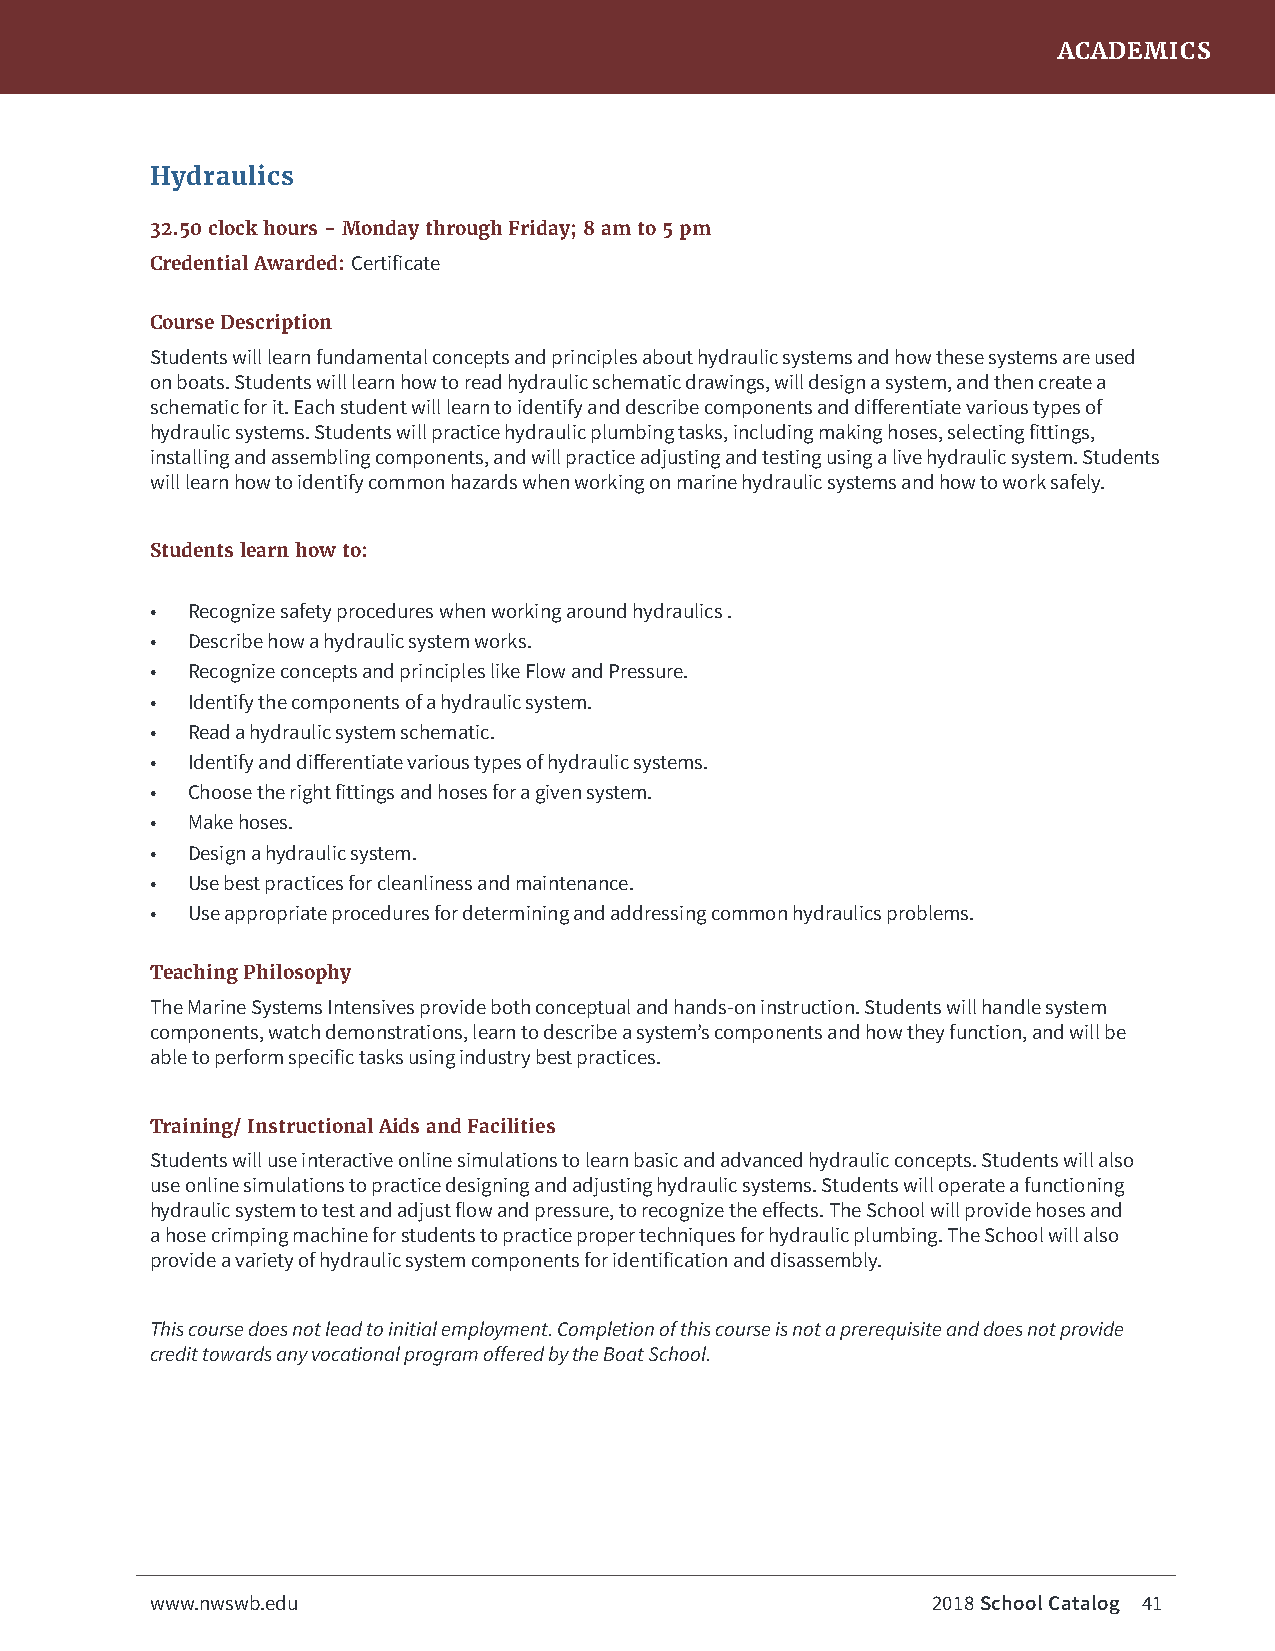
ACADEMICS
 Hydraulics
 32.50 clock hours - Monday through Friday; 8 am to 5 pm
 Credential Awarded: Certificate
 Course Description
 Students will learn fundamental concepts and principles about hydraulic systems and how these systems are used
 on boats. Students will learn how to read hydraulic schematic drawings, will design a system, and then create a
 schematic for it. Each student will learn to identify and describe components and differentiate various types of
 hydraulic systems. Students will practice hydraulic plumbing tasks, including making hoses, selecting fittings,
 installing and assembling components, and will practice adjusting and testing using a live hydraulic system. Students
 will learn how to identify common hazards when working on marine hydraulic systems and how to work safely.
 Students learn how to:
 • Recognize safety procedures when working around hydraulics .
 • Describe how a hydraulic system works.
 • Recognize concepts and principles like Flow and Pressure.
 • Identify the components of a hydraulic system.
 • Read a hydraulic system schematic.
 • Identify and differentiate various types of hydraulic systems.
 • Choose the right fittings and hoses for a given system.
 • Make hoses.
 • Design a hydraulic system.
 • Use best practices for cleanliness and maintenance.
 • Use appropriate procedures for determining and addressing common hydraulics problems.
 Teaching Philosophy
 The Marine Systems Intensives provide both conceptual and hands-on instruction. Students will handle system
 components, watch demonstrations, learn to describe a system’s components and how they function, and will be
 able to perform specific tasks using industry best practices.
 Training/ Instructional Aids and Facilities
 Students will use interactive online simulations to learn basic and advanced hydraulic concepts. Students will also
 use online simulations to practice designing and adjusting hydraulic systems. Students will operate a functioning
 hydraulic system to test and adjust flow and pressure, to recognize the effects. The School will provide hoses and
 a hose crimping machine for students to practice proper techniques for hydraulic plumbing. The School will also
 provide a variety of hydraulic system components for identification and disassembly.
 This course does not lead to initial employment. Completion of this course is not a prerequisite and does not provide
 credit towards any vocational program offered by the Boat School.
 www.nwswb.edu                                       2018 School Catalog 41